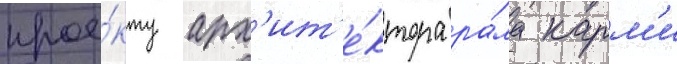
прое́кту арх'ит'е́ктора ра́ма карм'и